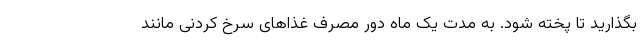
بگذارید تا پخته شود. به مدت یک ماه دور مصرف غذا‌های سرخ کردنی مانند